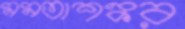
মমতাশঙ্কর